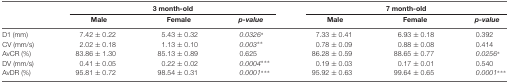
|  | <COLSPAN=3> 3 month-old | <COLSPAN=3> 7 month-old |
 |  | Male | Female | p-value | Male | Female | p-value |
 | --- | --- | --- | --- | --- | --- | --- |
 | D1 (mm) | 7.42 ± 0.22 | 5.43 ± 0.32 | 0.0326* | 7.33 ± 0.41 | 6.93 ± 0.18 | 0.392 |
 | CV (mm/s) | 2.02 ± 0.18 | 1.13 ± 0.10 | 0.003** | 0.78 ± 0.09 | 0.88 ± 0.08 | 0.414 |
 | AvCR (%) | 83.86 ± 1.30 | 85.13 ± 0.89 | 0.625 | 86.28 ± 0.59 | 88.65 ± 0.77 | 0.0256* |
 | DV (mm/s) | 0.41 ± 0.05 | 0.22 ± 0.02 | 0.0004*** | 0.19 ± 0.03 | 0.17 ± 0.01 | 0.540 |
 | AvDR (%) | 95.81 ± 0.72 | 98.54 ± 0.31 | 0.0001*** | 95.92 ± 0.63 | 99.64 ± 0.65 | 0.0001*** |